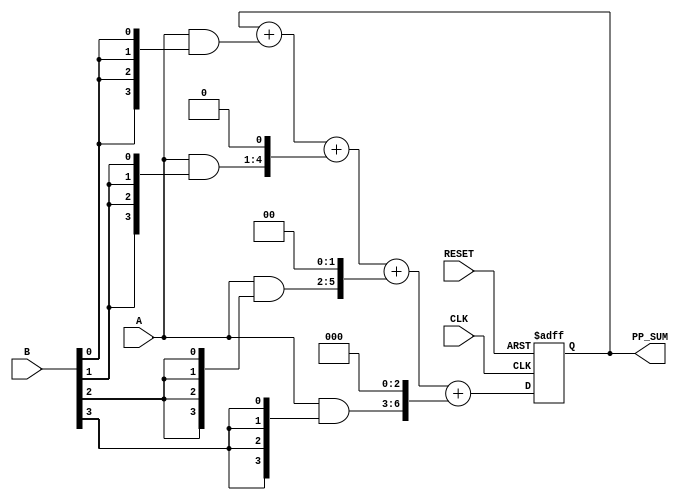
module PartialProductAccumulator #(
    parameter N = 4, // Bit-width of multiplicand A
    parameter M = 4  // Bit-width of multiplicand B
)(
    input  wire [N-1:0] A,        // First multiplicand
    input  wire [M-1:0] B,        // Second multiplicand
    input  wire CLK,               // Clock signal
    input  wire RESET,             // Reset signal
    output reg [N+M-1:0] PP_SUM    // Accumulated sum of partial products
);

// Internal signals for partial products
wire [N-1:0] partial_products[M-1:0];

// Generate partial products
genvar i;
generate
    for (i = 0; i < M; i = i + 1) begin : pp_gen
        assign partial_products[i] = A & {N{B[i]}}; // ANDing A with each bit of B
    end
endgenerate

// Accumulate partial products
always @(posedge CLK or posedge RESET) begin
    if (RESET) begin
        PP_SUM <= 0; // Reset the accumulator
    end else begin
        PP_SUM <= PP_SUM + (partial_products[0] << 0) + 
                    (partial_products[1] << 1) + 
                    (partial_products[2] << 2) + 
                    (partial_products[3] << 3); // Accumulate partial products
    end
end

endmodule